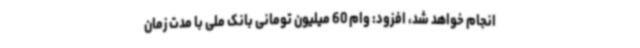
انجام خواهد شد، افزود: وام 60 میلیون تومانی بانک ملی با مدت زمان